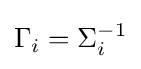
\Gamma _{i}=\Sigma _{i}^{-1}